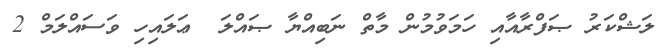
ލަޝްކަރު ޞަފްރާއާއި ހަމަވުމުން މާތް ނަބިއްޔާ ޞައްލަ  ޢަލައިހި ވަސައްލަމް 2